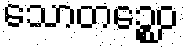
သောတဉ္စေဝ